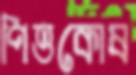
পিত্তকোষ